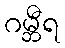
ဂမ္ဘီရ